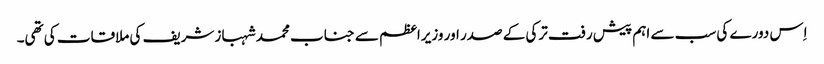
اِس دورے کی سب سے اہم پیش رفت ترکی کے صدر اور وزیراعظم سے جناب محمد شہباز شریف کی ملاقات کی تھی۔